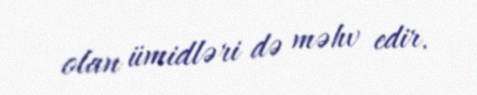
olan ümidləri də məhv edir.